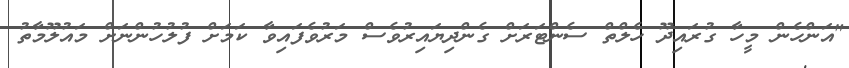
"އަންހެން މީހާ ގުރައިދޫ ހެލްތް ސެންޓަރަށް ގެންދިޔައިރުވެސް މަރުވެފައިވާ ކަމަށް ފުލުހުންނަށް މައުލޫމާތު